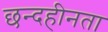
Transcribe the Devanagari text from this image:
छन्दहीनता